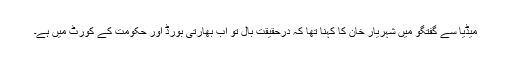
میڈیا سے گفتگو میں شہریار خان کا کہنا تھا کہ درحقیقت بال تو اب بھارتی بورڈ اور حکومت کے کورٹ میں ہے۔